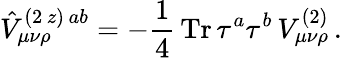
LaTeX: \hat{V}_{\mu\nu\rho}^{(2\, z)\, ab}=-\frac{1}{4}\, \mathrm{Tr}\, \tau^{a}\tau^{b}\, V_{\mu\nu\rho}^{(2)}\, .